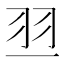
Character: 𰭝